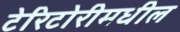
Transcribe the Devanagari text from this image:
टेरिटोरीमधील